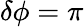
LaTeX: \delta\phi=\pi